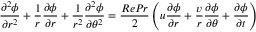
\frac { \partial ^ { 2 } \phi } { \partial r ^ { 2 } } + \frac { 1 } { r } \frac { \partial \phi } { \partial r } + \frac { 1 } { r ^ { 2 } } \frac { \partial ^ { 2 } \phi } { \partial \theta ^ { 2 } } = \frac { R e P r } { 2 } \left( u \frac { \partial \phi } { \partial r } + \frac { v } { r } \frac { \partial \phi } { \partial \theta } + \frac { \partial \phi } { \partial t } \right)